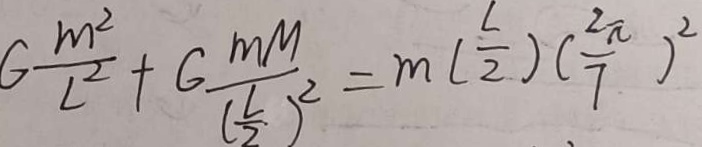
G \frac { m ^ { 2 } } { L ^ { 2 } } + G \frac { m M } { ( \frac { L } { 2 } ) ^ { 2 } } = m ( \frac { L } { 2 } ) ( \frac { 2 \pi } { 7 } ) ^ { 2 }